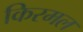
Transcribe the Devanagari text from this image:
किरमल